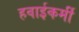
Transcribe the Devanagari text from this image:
हवाईकर्मी